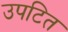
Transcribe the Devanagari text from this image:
उपटित